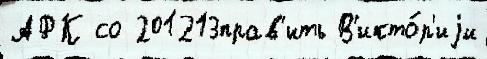
АФК со 201213прав'ить В'икто́р'иjи